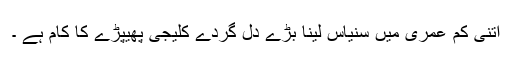
اتنی کم عمری میں سنیاس لینا بڑے دل گردے کلیجی پھیپڑے کا کام ہے ۔